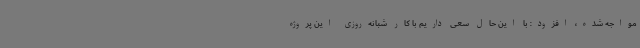
مواجه شده، افزود: با این حال سعی داریم با کار شبانه‌روزی این پروژه